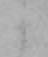
か